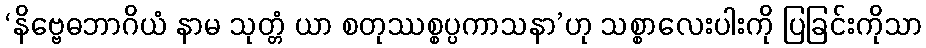
‘နိဗ္ဗေဓဘာဂိယံ နာမ သုတ္တံ ယာ စတုဿစ္စပ္ပကာသနာ’ဟု သစ္စာလေးပါးကို ပြခြင်းကိုသာ